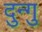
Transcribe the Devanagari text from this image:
दुन्गु